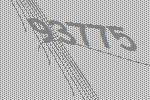
93775